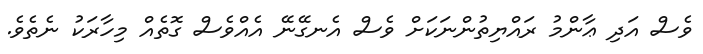
ވެސް އަދި ޢާންމު ރައްޔިތުންނަކަށް ވެސް އެނގޭނޭ އެއްވެސް ގޮތެއް މިހާރަކު ނެތެވެ.